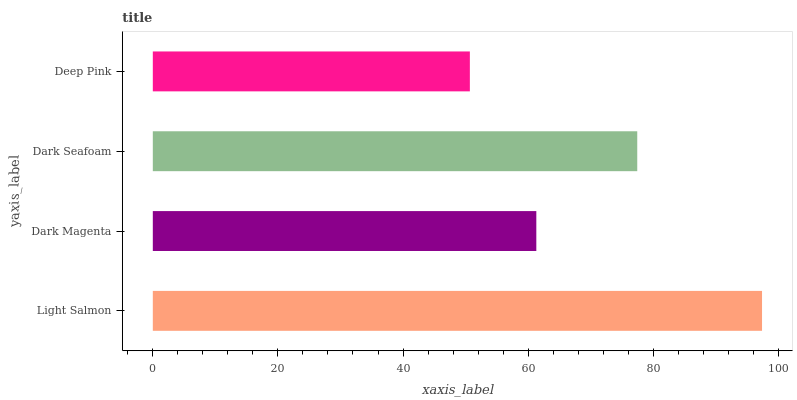
| yaxis_label | bars |
 | --- | --- |
 | Light Salmon | 97.4 |
 | Dark Magenta | 61.3 |
 | Dark Seafoam | 77.4 |
 | Deep Pink | 50.7 |